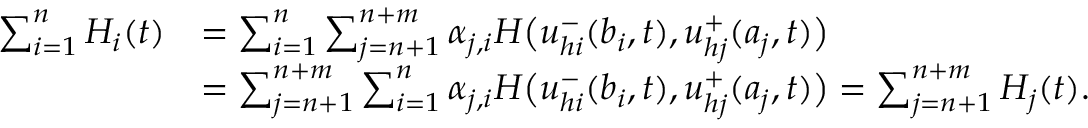
\begin{array} { r l } { \sum _ { i = 1 } ^ { n } H _ { i } ( t ) } & { = \sum _ { i = 1 } ^ { n } \sum _ { j = n + 1 } ^ { n + m } \alpha _ { j , i } H \big ( { u } _ { h i } ^ { - } ( b _ { i } , t ) , { u } _ { h j } ^ { + } ( a _ { j } , t ) \big ) } \\ & { = \sum _ { j = n + 1 } ^ { n + m } \sum _ { i = 1 } ^ { n } \alpha _ { j , i } H \big ( { u } _ { h i } ^ { - } ( b _ { i } , t ) , { u } _ { h j } ^ { + } ( a _ { j } , t ) \big ) = \sum _ { j = n + 1 } ^ { n + m } H _ { j } ( t ) . } \end{array}